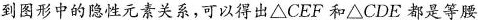
到图形中的隐性元素关系，可以得出\triangle CEF和\triangle CDE都是等腰